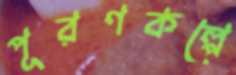
পূরণকল্পে